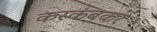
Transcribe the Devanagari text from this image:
करकंबकर